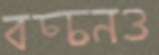
বচ্চনও